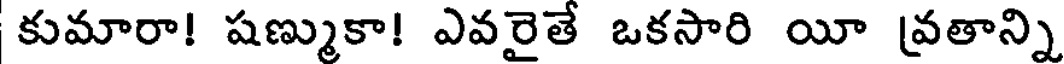
కుమారా! షణ్ముకా! ఎవరైతే ఒకసారి యీ వ్రతాన్ని